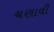
ચણાવી